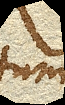
ettum